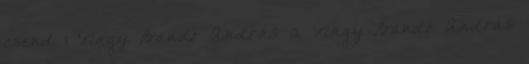
csend 1 Nagy Bandó András 2 Nagy Bandó András